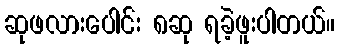
ဆုဖလားပေါင်း ၈ဆု ရခဲ့ဖူးပါတယ်။